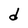
Character: d